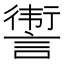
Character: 𬣀